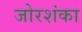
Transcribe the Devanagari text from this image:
जोरशंका